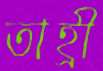
তাহ্রী